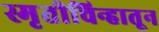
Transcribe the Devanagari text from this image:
स्मृतीचिन्हातून